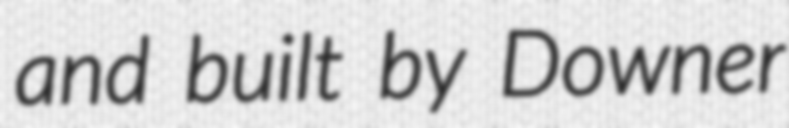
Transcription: and built by Downer